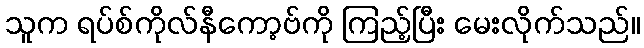
သူက ရပ်စ်ကိုလ်နီကော့ဗ်ကို ကြည့်ပြီး မေးလိုက်သည်။